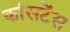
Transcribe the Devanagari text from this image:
कांसटेंस